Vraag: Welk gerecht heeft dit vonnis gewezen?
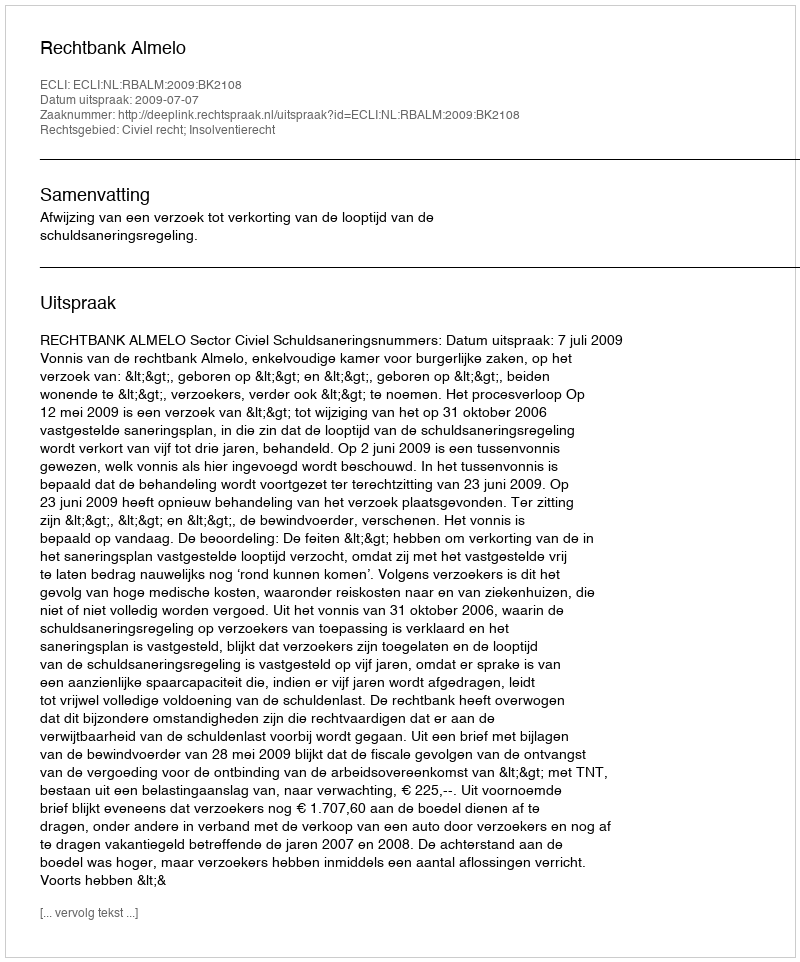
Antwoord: Rechtbank Almelo